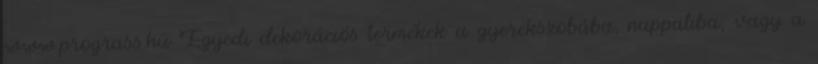
www.prograss.hu Egyedi dekorációs termékek a gyerekszobába, nappaliba, vagy a